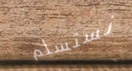
نستسلم